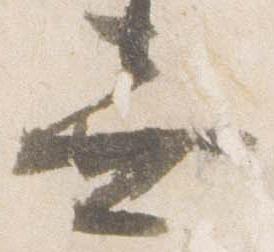
無